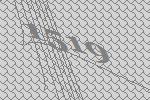
1519